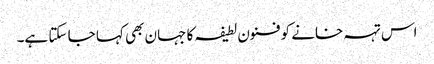
اس تہہ خانے کو فنون لطیفہ کا جہان بھی کہا جا سکتا ہے۔